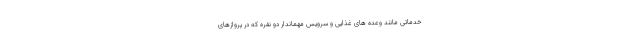
خدماتی مانند وعده های غذایی و سرویس مهماندار دو نفره که در پروازهای